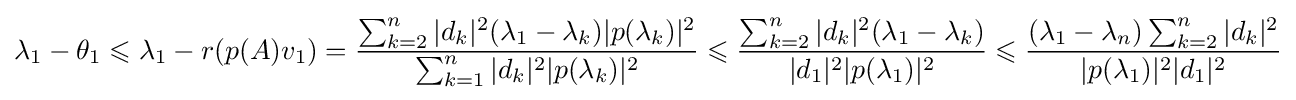
\lambda _{1}-\theta _{1}\leqslant \lambda _{1}-r(p(A)v_{1})={\frac {\sum _{k=2}^{n}|d_{k}|^{2}(\lambda _{1}-\lambda _{k})|p(\lambda _{k})|^{2}}{\sum _{k=1}^{n}|d_{k}|^{2}|p(\lambda _{k})|^{2}}}\leqslant {\frac {\sum _{k=2}^{n}|d_{k}|^{2}(\lambda _{1}-\lambda _{k})}{|d_{1}|^{2}|p(\lambda _{1})|^{2}}}\leqslant {\frac {(\lambda _{1}-\lambda _{n})\sum _{k=2}^{n}|d_{k}|^{2}}{|p(\lambda _{1})|^{2}|d_{1}|^{2}}}